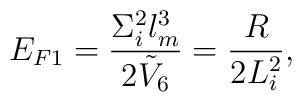
E_{F1}= {\Sigma_i^2 l_m^3 \over 2 \tilde{V}_6}={R\over 2 L_i^2},